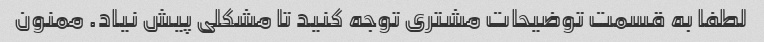
لطفا به قسمت توضیحات مشتری توجه کنید تا مشکلی پیش نیاد. ممنون